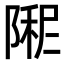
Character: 𫕏